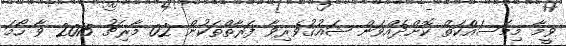
ވީމާ މިމަސައްކަތް ކޮށްދެއްވަން ޝައުޤުވެރިވާ ފަރާތްތަކުން 02 މާރިޗު 2015 ވާ ހޯމަ